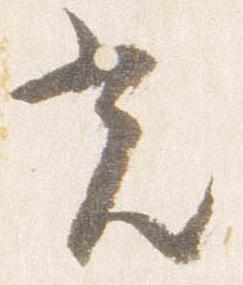
光